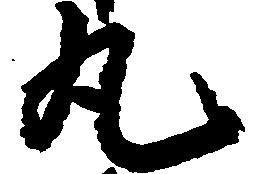
丸